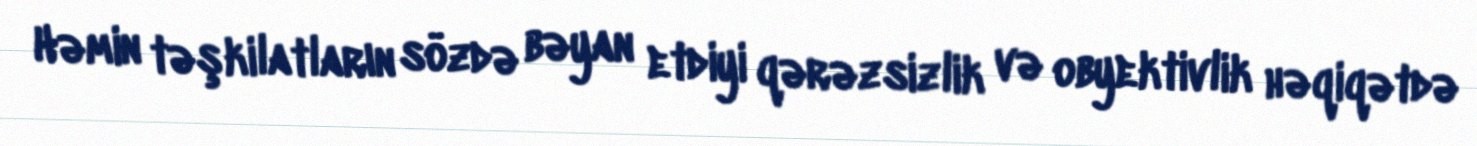
Həmin təşkilatların sözdə bəyan etdiyi qərəzsizlik və obyektivlik həqiqətdə